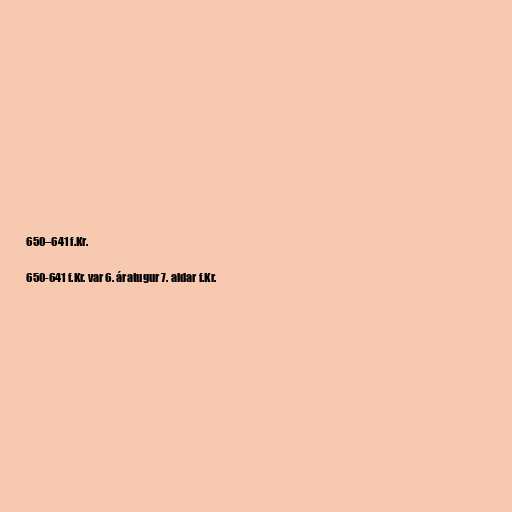
650–641 f.Kr.

650-641 f.Kr. var 6. áratugur 7. aldar f.Kr.